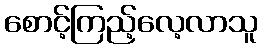
စောင့်ကြည့်လေ့လာသူ